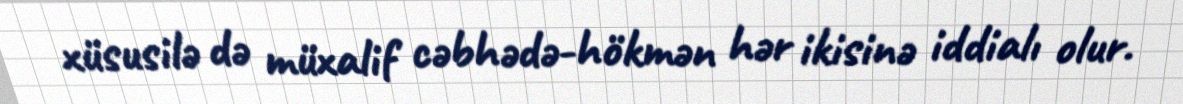
xüsusilə də müxalif cəbhədə-hökmən hər ikisinə iddialı olur.